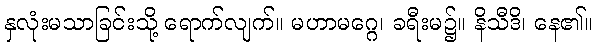
နှလုံးမသာခြင်းသို့ ရောက်လျက်။ မဟာမဂ္ဂေ၊ ခရီးမ၌။ နိသီဒိ၊ နေ၏။